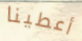
أعطينا